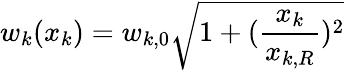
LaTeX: w_{k}(x_{k})=w_{k,0}\sqrt{1+(\frac{x_{k}}{x_{k,R}})^{2}}